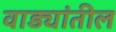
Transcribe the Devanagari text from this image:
वाड्यांतील